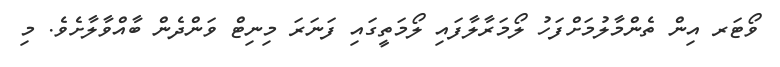
ވޯޓަރ އިން ތެންމާލުމަށްފަހު ލޯމަރާލާފައި ލޯމަތީގައި ފަނަރަ މިނިޓް ވަންދެން ބާއްވާލާށެވެ. މި